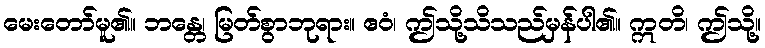
မေးတော်မူ၏။ ဘန္တေ၊ မြတ်စွာဘုရား။ ဧဝံ၊ ဤသို့သိသည်မှန်ပါ၏။ ဣတိ၊ ဤသို့။